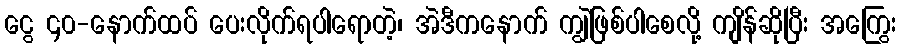
ငွေ ၄၀-နောက်ထပ် ပေးလိုက်ရပါရောတဲ့၊ အဲဒီကနောက် ကျွဲဖြစ်ပါစေလို့ ကျိန်ဆိုပြီး အကြွေး